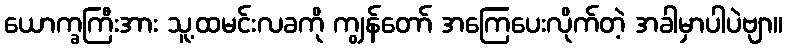
ယောက္ခကြီးအား သူ့ထမင်းလခကို ကျွန်တော် အကြေပေးလိုက်တဲ့ အခါမှာပါပဲဗျာ။